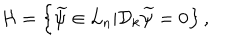
LaTeX: { \cal H } = \left\{ \widetilde \psi \in { \cal L } _ { n } | { \cal D } _ { k } \widetilde \psi = 0 \right\} ,